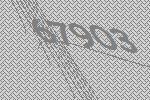
67903